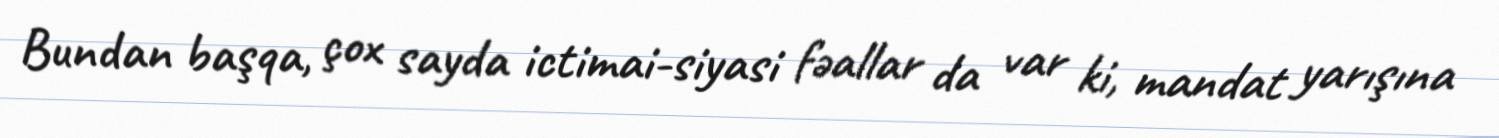
Bundan başqa, çox sayda ictimai-siyasi fəallar da var ki, mandat yarışına